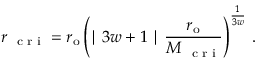
r _ { \mathrm { ~ \scriptsize ~ c ~ r ~ i ~ } } = r _ { \mathrm { { o } } } \left( \mid 3 w + 1 \mid \frac { r _ { \mathrm { { o } } } } { M _ { \mathrm { ~ \scriptsize ~ c ~ r ~ i ~ } } } \right) ^ { \frac { 1 } { 3 w } } \, .